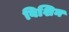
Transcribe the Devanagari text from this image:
विशिन